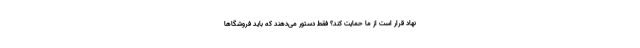
نهاد قرار است از ما حمایت کند؟ فقط دستور می‌دهند که باید فروشگاها